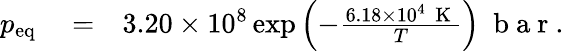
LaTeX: \begin{array}{rlr}{p_{\mathrm{eq}}}&{{}=}&{3.20\times 10^{8}\exp{\left(-\frac{6.18\times 10^{4}~\mathrm{~K~}}{T}\right)}~\mathrm{~b~a~r~}.}\end{array}